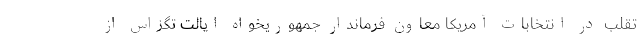
تقلب در انتخابات آمریکا معاون فرماندار جمهوریخواه ایالت تگزاس از